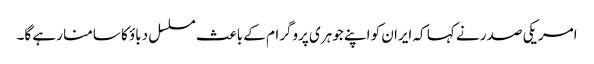
امریکی صدر نے کہا کہ ایران کو اپنے جوہری پروگرام کے باعث مسلسل دباؤ کا سامنا رہے گا۔